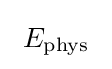
~E_{\rm {phys}}~